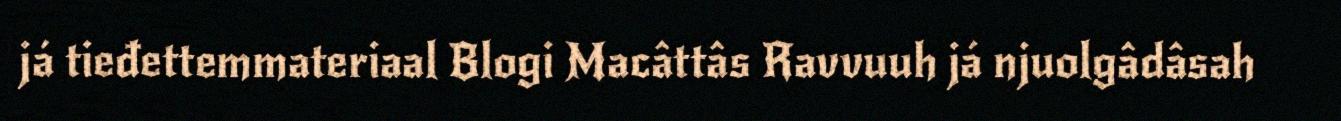
já tieđettemmateriaal Blogi Macâttâs Ravvuuh já njuolgâdâsah